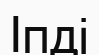
Іпді